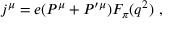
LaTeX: j ^ { \mu } = e ( P ^ { \mu } + P ^ { \prime \mu } ) F _ { \pi } ( q ^ { 2 } ) \ ,